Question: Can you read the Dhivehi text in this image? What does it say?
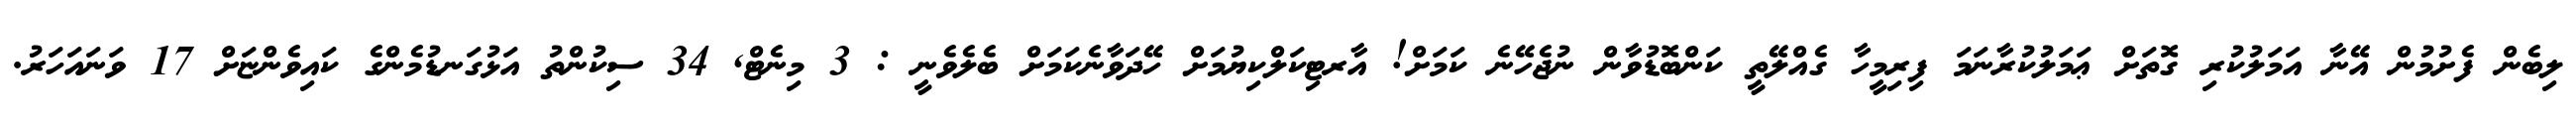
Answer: ލިބެން ފެށުމުން އޭނާ އަމަލުކުރި ގޮތަށް ޢަމަލުކުރާނަމަ ފިރިމީހާ ގެއްލޭތީ ކަންބޮޑުވާން ނުޖެހޭނެ ކަމަށް! އާރޓިކަލްކިޔުމަށް ހޭދަވާނެކަމަށް ބެލެވެނީ : 3 މިނެޓް, 34 ސިކުންތު އަޅުގަނޑުމެންގެ ކައިވެންޏަށް 17 ވަނައަހަރު.